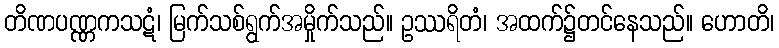
တိဏပဏ္ဏကသဋံ၊ မြက်သစ်ရွက်အမှိုက်သည်။ ဥဿရိတံ၊ အထက်၌တင်နေသည်။ ဟောတိ၊